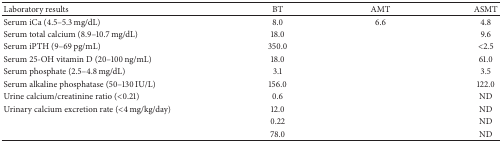
<table><thead><tr><td><b>Laboratory results</b></td><td><b>BT</b></td><td><b>AMT</b></td><td><b>ASMT</b></td></tr></thead><tbody><tr><td>Serum iCa (4.5–5.3 mg/dL)</td><td>8.0</td><td>6.6</td><td>4.8</td></tr><tr><td>Serum total calcium (8.9–10.7 mg/dL)</td><td>18.0</td><td>[EMPTY_CELL]</td><td>9.6</td></tr><tr><td>Serum iPTH (9–69 pg/mL)</td><td>350.0</td><td>[EMPTY_CELL]</td><td>&lt;2.5</td></tr><tr><td>Serum 25-OH vitamin D (20–100 ng/mL)</td><td>18.0</td><td>[EMPTY_CELL]</td><td>61.0</td></tr><tr><td>Serum phosphate (2.5–4.8 mg/dL)</td><td>3.1</td><td>[EMPTY_CELL]</td><td>3.5</td></tr><tr><td>Serum alkaline phosphatase (50–130 IU/L)</td><td>156.0</td><td>[EMPTY_CELL]</td><td>122.0</td></tr><tr><td>Urine calcium/creatinine ratio (&lt;0.21)</td><td>0.6</td><td>[EMPTY_CELL]</td><td>ND</td></tr><tr><td>Urinary calcium excretion rate (&lt;4 mg/kg/day)</td><td>12.0</td><td>[EMPTY_CELL]</td><td>ND</td></tr><tr><td>[EMPTY_CELL]</td><td>0.22</td><td>[EMPTY_CELL]</td><td>ND</td></tr><tr><td>[EMPTY_CELL]</td><td>78.0</td><td>[EMPTY_CELL]</td><td>ND</td></tr></tbody></table>